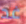
غد